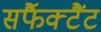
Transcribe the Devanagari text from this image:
सर्फैक्टैंट